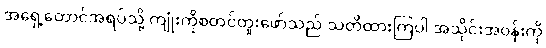
အရှေ့တောင်အရပ်သို့ ကျုံးကိုစတင်တူးဖော်သည် သတိထားကြပါ အသိုင်းအဝန်းကို